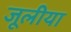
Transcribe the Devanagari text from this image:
जूलीया